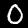
Label: 0